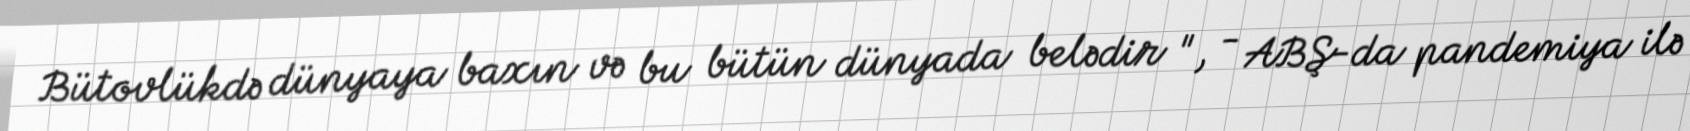
Bütovlükdə dünyaya baxın və bu bütün dünyada belədir ", - ABŞ-da pandemiya ilə